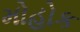
મોહોક